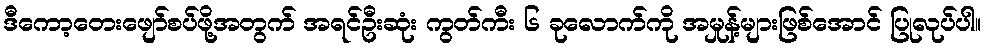
ဒီကော့တေးဖျော်စပ်ဖို့အတွက် အရင်ဦးဆုံး ကွတ်ကီး ၆ ခုလောက်ကို အမှုန့်များဖြစ်အောင် ပြုလုပ်ပါ။